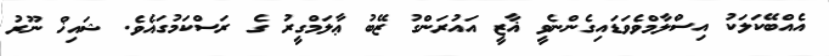
އެއްބޭކަލަކު އިސްލާމްވެވަޑައިގެންނެވީ ޣާޒީ އައުރަންގު ޒޭބު ޢާލަމްގީރު ގެ ރަސްކަމުގައެވެ. ޝައިޚް ނޫރު